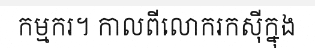
កម្មករ។ កាលពីលោករកស៊ីក្នុង